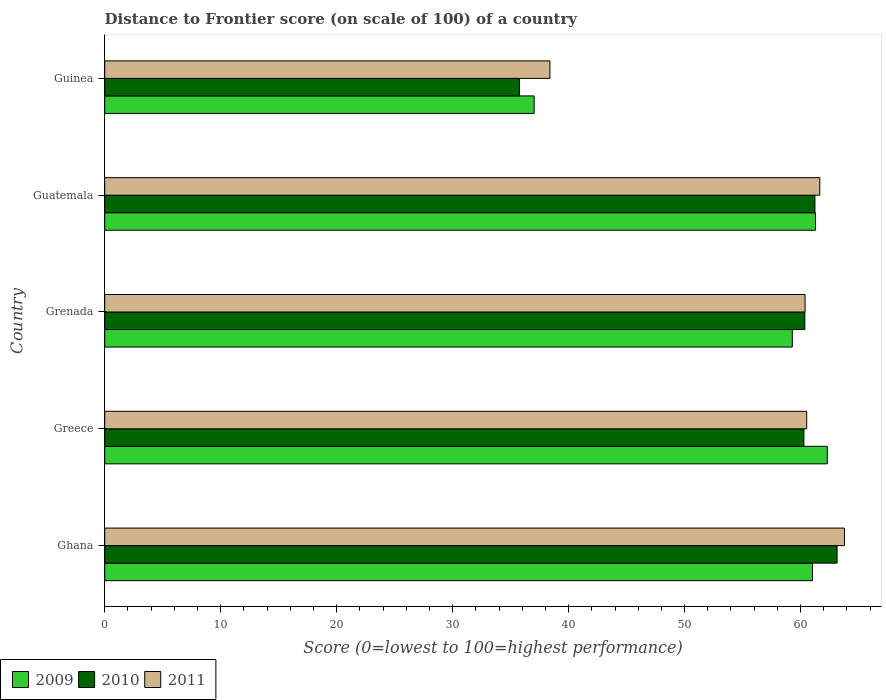
| Country | 2009 | 2010 | 2011 |
 | --- | --- | --- | --- |
 | Ghana | 61 | 63.1 | 63.8 |
 | Greece | 62.3 | 60.3 | 60.5 |
 | Grenada | 59.3 | 60.4 | 60.4 |
 | Guatemala | 61.3 | 61.2 | 61.7 |
 | Guinea | 37 | 35.8 | 38.4 |